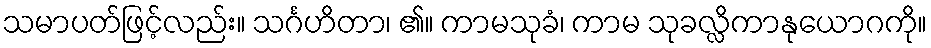
သမာပတ်ဖြင့်လည်း။ သင်္ဂဟိတာ၊ ၏။ ကာမသုခံ၊ ကာမ သုခလ္လိကာနုယောဂကို။